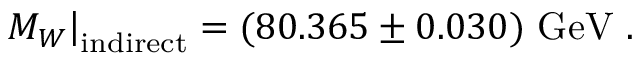
\left. M _ { W } \right| _ { \mathrm { i n d i r e c t } } = ( 8 0 . 3 6 5 \pm 0 . 0 3 0 ) ~ \mathrm { G e V } ~ .